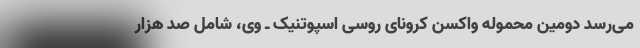
می‌رسد دومین محموله واکسن کرونای روسی اسپوتنیک ـ وی، شامل صد‌ هزار